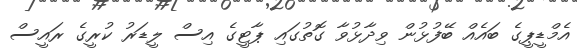
އެމްޑީޕީގެ ބައެއް ބޭފުޅުން ވިދާޅުވާ ގޮތުގައި ޕާޓީގެ އިސް ލީޑަރު ކުރީގެ ރައީސް